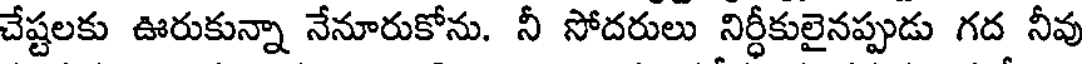
చేష్టలకు ఊరుకున్నా నేనూరుకోను. నీ సోదరులు నిర్ధీకులైనప్పుడు గద నీవు